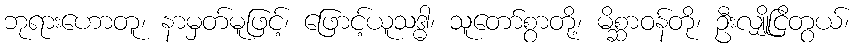
ဘုရားဟောတူ၊ နာမှတ်မူဖြင့်၊ ဖြောင့်ယူသဒ္ဓါ၊ သူတော်စွာတို့၊ မိစ္ဆာဝန်တို၊ ဦးလျှိုငြိတွယ်၊